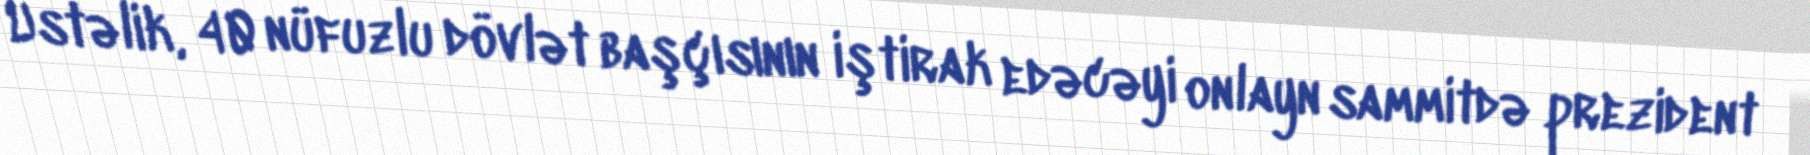
Üstəlik, 40 nüfuzlu dövlət başçısının iştirak edəcəyi onlayn sammitdə prezident